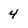
Character: 4